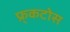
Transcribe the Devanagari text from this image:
फ्र्कटोस